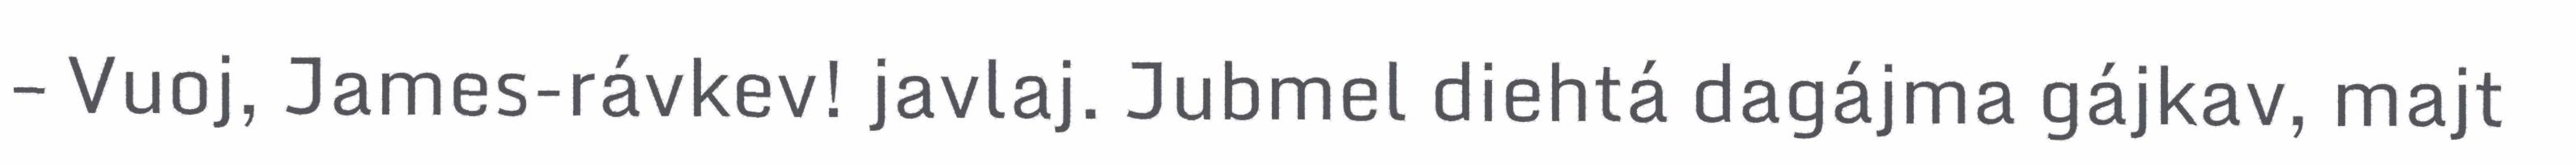
– Vuoj, James-rávkev! javlaj. Jubmel diehtá dagájma gájkav, majt